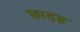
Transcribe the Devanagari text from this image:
छादह